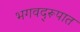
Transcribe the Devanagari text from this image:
भगवद्‌रूपात